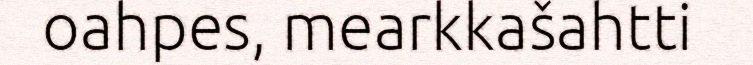
oahpes, mearkkašahtti